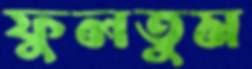
ফুলতুম